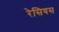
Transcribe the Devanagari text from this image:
रेसियस